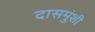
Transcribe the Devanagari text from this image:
दासमुंशी